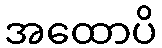
အထောပိ